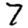
Digit: 7